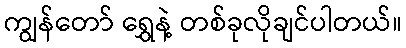
ကျွန်တော် ရွှေနဲ့ တစ်ခုလိုချင်ပါတယ်။